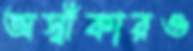
অস্বীকারও